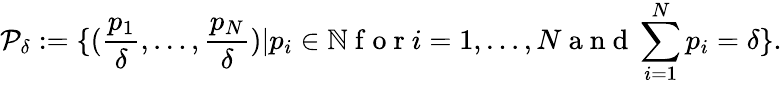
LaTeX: \mathcal{P}_{\delta}:=\{ (\frac{p_{1}}{\delta},\dots,\frac{p_{N}}{\delta})|p_{i}\in\mathbb{N}\mathrm{~f~o~r~}i=1,\dots,N\mathrm{~a~n~d~}\sum_{i=1}^{N}p_{i}=\delta\} .